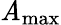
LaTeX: \mathit{A}_{\mathrm{{max}}}